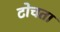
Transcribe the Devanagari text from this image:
टोचता